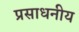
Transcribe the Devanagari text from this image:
प्रसाधनीय